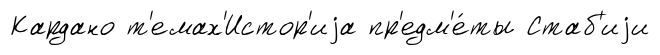
Кардано т'емах'Истор'иjа пр'едм'е́ты Стаб'иjи